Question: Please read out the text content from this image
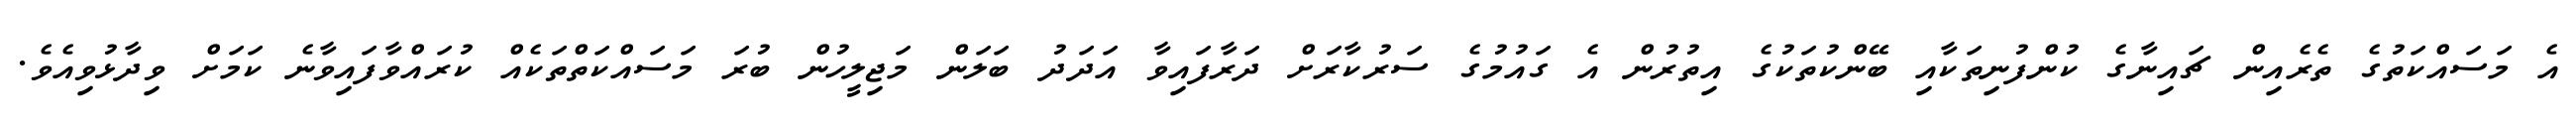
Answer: އެ މަސައްކަތުގެ ތެރެއިން ޗައިނާގެ ކުންފުނިތަކާއި ބޭންކުތަކުގެ އިތުރުން އެ ގައުމުގެ ސަރުކާރަށް ދަރާފައިވާ އަދަދު ބަލަން މަޖިލީހުން ބުރަ މަސައްކަތްތަކެއް ކުރައްވާފައިވާނެ ކަމަށް ވިދާޅުވިއެވެ.